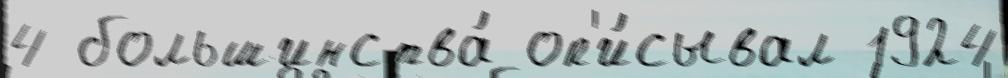
4 большинства́ оп'и́сывал 1924